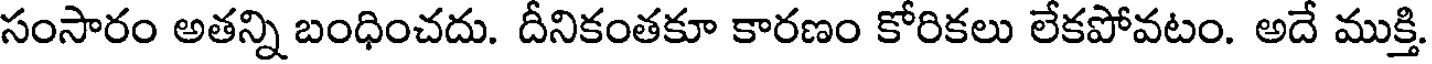
సంసారం అతన్ని బంధించదు. దీనికంతకూ కారణం కోరికలు లేకపోవటం. అదే ముక్తి